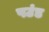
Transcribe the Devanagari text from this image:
पउंड